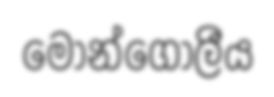
මොන්ගෝලීය